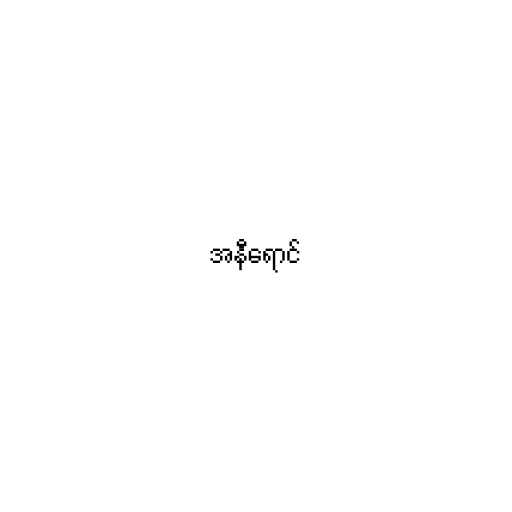
အနီရောင်